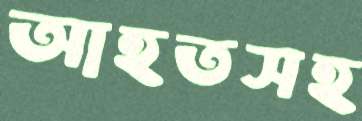
আহতসহ